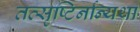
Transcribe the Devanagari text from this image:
तत्सृष्टिर्नान्यथा